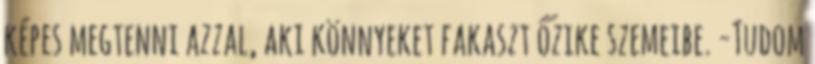
képes megtenni azzal, aki könnyeket fakaszt őzike szemeibe. -Tudom